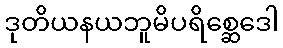
ဒုတိယနယဘူမိပရိစ္ဆေဒေါ